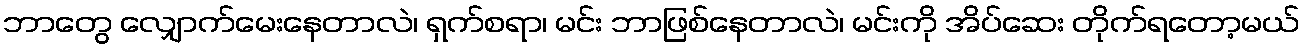
ဘာတွေ လျှောက်မေးနေတာလဲ၊ ရှက်စရာ၊ မင်း ဘာဖြစ်နေတာလဲ၊ မင်းကို အိပ်ဆေး တိုက်ရတော့မယ်